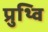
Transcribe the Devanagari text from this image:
प्रुथ्वि